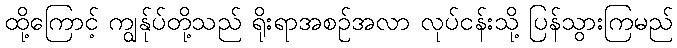
ထို့ကြောင့် ကျွန်ုပ်တို့သည် ရိုးရာအစဉ်အလာ လုပ်ငန်းသို့ ပြန်သွားကြမည်